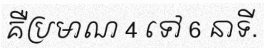
គឺប្រមាណ 4 ទៅ 6 នាទី.